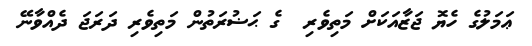
ޢަމަލުގެ ހެޔޮ ޖަޒާއަކަށް މަތިވެރި  ގެ ޙަޟުރަތުން މަތިވެރި ދަރަޖަ ދެއްވާނޭ